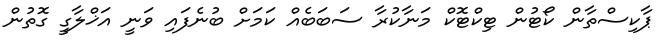
ޕާކިސްތާން ކޯޓުން ޓިކްޓޮކް މަނާކުރާ ސަބަބެއް ކަމަށް ބުނެފައި ވަނީ އަޚްލާގީ ގޮތުން